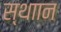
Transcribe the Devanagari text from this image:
स्थाान